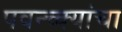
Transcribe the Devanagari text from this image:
पवन्च्क्यांचा